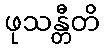
ဖုသန္တီတိ